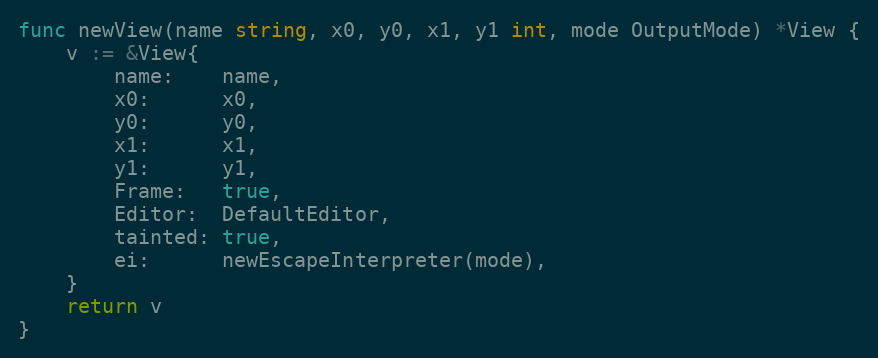
Language: Go
func newView(name string, x0, y0, x1, y1 int, mode OutputMode) *View {
	v := &View{
		name:    name,
		x0:      x0,
		y0:      y0,
		x1:      x1,
		y1:      y1,
		Frame:   true,
		Editor:  DefaultEditor,
		tainted: true,
		ei:      newEscapeInterpreter(mode),
	}
	return v
}